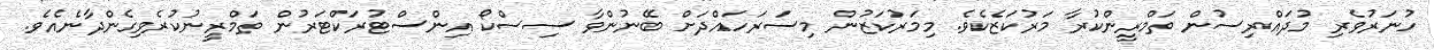
ހުނަރުވެރި މުދައްރިސުން ތަމްރީންކުރާ މަރުކަޒެކެވެ. މިމަރުކަޒުން މިސަރަހައްދަށް ބޭނުންވާ ސިސްކޯ އިންސްޓުރަކްޓަރުން ތަމްރީނުކުރެވިގެންދާނެއެވެ.